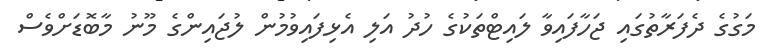
މަގުގެ ދެފަރާތުގައި ޖަހާފައިވާ ލައިޓްތަކުގެ ހުދު އަލި އެޅިފައިވުމުން ލުޖައިންގެ މޫނު މާބޮޑަށްވެސް